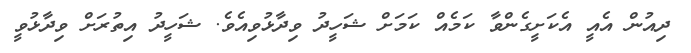
ދިއުން އެއީ އެކަށީގެންވާ ކަމެއް ކަމަށް ޝަހީދު ވިދާޅުވިއެވެ. ޝަހީދު އިތުރަށް ވިދާޅުވީ